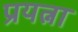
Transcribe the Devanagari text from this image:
प्रयत्ना